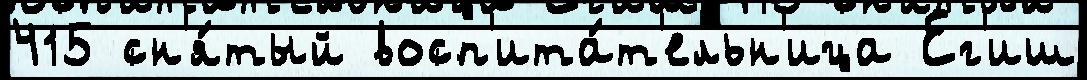
415 сн'я́тый восп'ита́т'ельн'ица Ег'иш